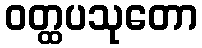
ဝတ္ထပသုတော